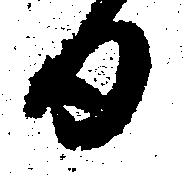
日